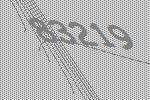
83219